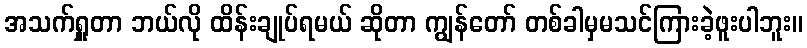
အသက်ရှူတာ ဘယ်လို ထိန်းချုပ်ရမယ် ဆိုတာ ကျွန်တော် တစ်ခါမှမသင်ကြားခဲ့ဖူးပါဘူး။